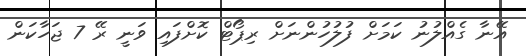
އޭނާ ގެއްލުނު ކަމަށް ފުލުހުންނަށް ރިޕޯޓް ކޮށްފައި ވަނީ ރޭ 7 ޖަހާކަން